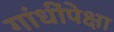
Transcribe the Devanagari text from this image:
गांधींपेक्षा